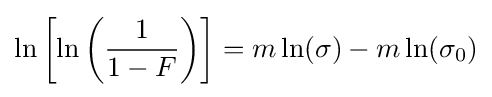
\ln \left[\ln \left({\frac {1}{1-F}}\right)\right]=m\ln(\sigma )-m\ln(\sigma _{0})